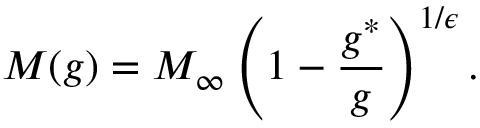
M ( g ) = M _ { \infty } \left( 1 - \frac { g ^ { * } } { g } \right) ^ { 1 / \epsilon } .